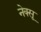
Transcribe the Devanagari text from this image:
नेक्सू